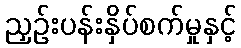
ညှဉ်းပန်းနှိပ်စက်မှုနှင့်